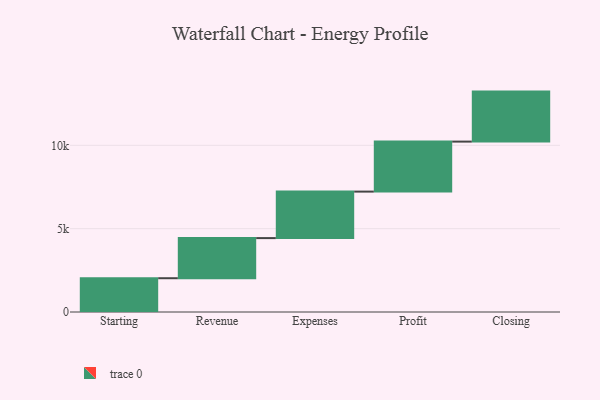
{"axis": {"x": "Step", "y": "Value"}, "legend": [""], "data": [{"x": "Starting", "y": 2027.0, "type": ""}, {"x": "Revenue", "y": 2407.0, "type": ""}, {"x": "Expenses", "y": 2790.0, "type": ""}, {"x": "Profit", "y": 3000, "type": ""}, {"x": "Closing", "y": 3000, "type": ""}]}